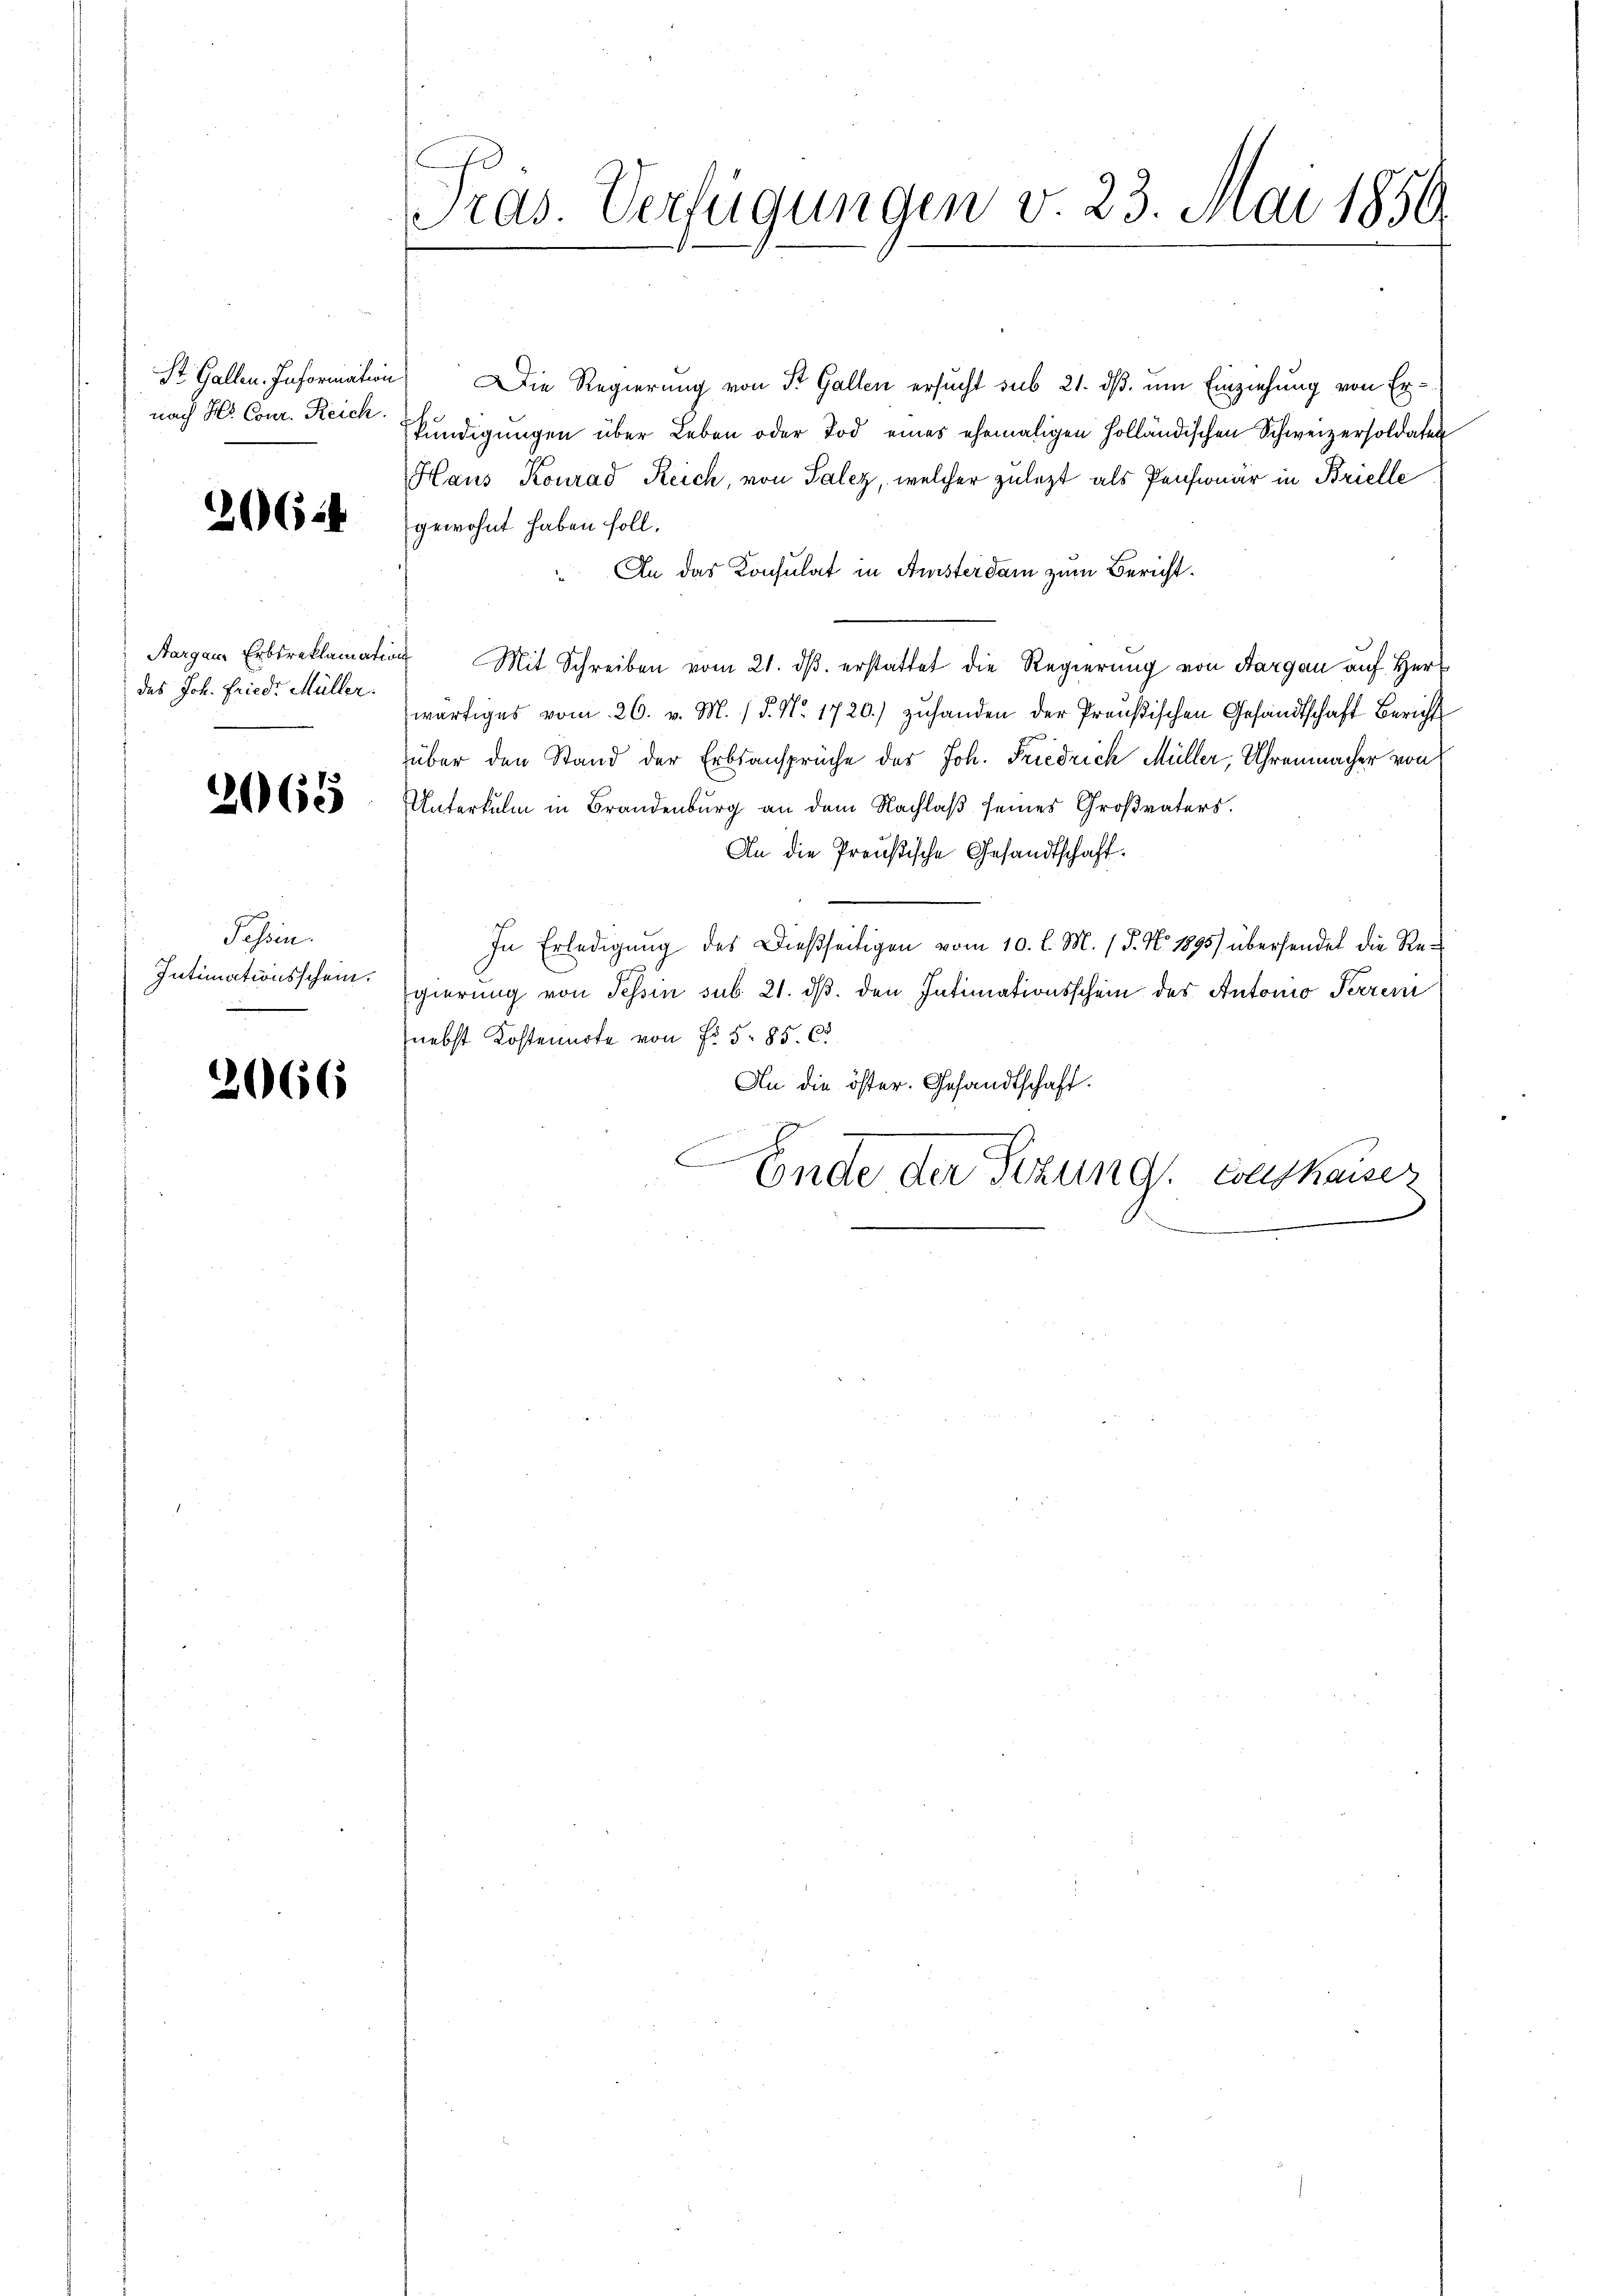
nach Hr. Cour. Reich

2064

das Joh. Friedr Müller.

2065

Jahren.
Intimationsschein.

2066

Präs. Verfügungen v. 23. Mai 1850.

St. Gallen. Information, Die Regierung von St. Gallen ersucht sub 21. dß um Einziehung von Erkündigungen über Leben oder Tod eines ehemaligen Holländischen Schweizersoldaten
Haus Konrad Reich, von Salz, welcher zuletzt als Pensionär in Brielle
gewohnt haben soll.
An das Konsulat in Aristerdam zum Bericht.
Aargau, Erbsreklamation Mit Schreiben vom 21. dβ erstattet die Regierung von Aargau auf Herr
wärtiges vom 26. v. M. / 5. No. 1720.) zuhanden der Preußischen Gesandtschaft Bericht
über den Stand der Erbsansprüche des Joh. Friedrich Müller, Uhrenmacher von
Unterkulm in Brandenburg an dem Nachlaß seines Großvaters.
An die Preußische Gesandtschaft.
In Erledigung des Dießseitigen vom 10. l. M. 1 S. Nr. 1895) übersendet die Regierung von Tessin sub. 21. dβ. den Intimationsschein des Antonio Perren
nebst Kostennote von No 5. 85. C
An die öster. Gesandtschaft.
E
a
Ende der Sitzung conskasser